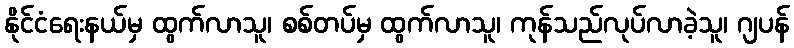
နိုင်ငံရေးနယ်မှ ထွက်လာသူ၊ စစ်တပ်မှ ထွက်လာသူ၊ ကုန်သည်လုပ်လာခဲ့သူ၊ ဂျပန်